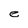
Character: e